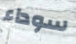
سوداء